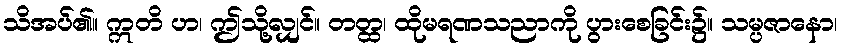
သိအပ်၏။ ဣတိ ဟ၊ ဤသို့လျှင်။ တတ္ထ၊ ထိုမရဏသညာကို ပွားစေခြင်း၌။ သမ္ပဇာနော၊